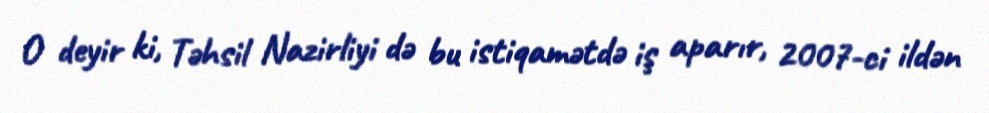
O deyir ki, Təhsil Nazirliyi də bu istiqamətdə iş aparır, 2007-ci ildən